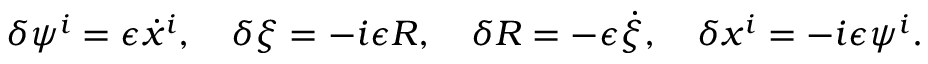
\delta \psi ^ { i } = \epsilon \dot { x } ^ { i } , \quad \delta \xi = - i \epsilon R , \quad \delta R = - \epsilon \dot { \xi } , \quad \delta x ^ { i } = - i \epsilon \psi ^ { i } .